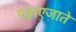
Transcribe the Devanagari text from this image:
पढ़ाएजाते